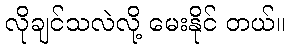
လိုချင်သလဲလို့ မေးနိုင် တယ်။